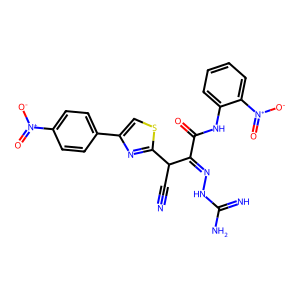
SMILES: N#CC(C(=NNC(=N)N)C(=O)Nc1ccccc1[N+](=O)[O-])c1nc(-c2ccc([N+](=O)[O-])cc2)cs1
Inhibits HIV replication: No